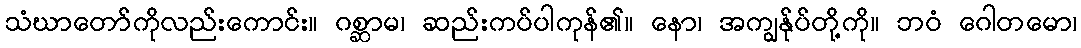
သံဃာတော်ကိုလည်းကောင်း။ ဂစ္ဆာမ၊ ဆည်းကပ်ပါကုန်၏။ နော၊ အကျွန်ုပ်တို့ကို။ ဘဝံ ဂေါတမော၊